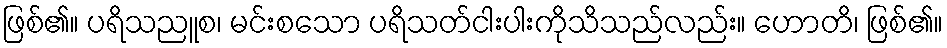
ဖြစ်၏။ ပရိသညူစ၊ မင်းစသော ပရိသတ်ငါးပါးကိုသိသည်လည်း။ ဟောတိ၊ ဖြစ်၏။